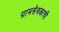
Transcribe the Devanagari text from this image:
ग्रामसेवकाची